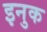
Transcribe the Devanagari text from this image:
इनुक